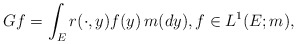
\begin{align*}Gf=\int_Er(\cdot,y)f(y)\,m(dy),f\in L^1(E;m),\end{align*}